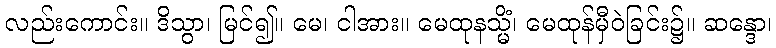
လည်းကောင်း။ ဒိသွာ၊ မြင်၍။ မေ၊ ငါအား။ မေထုနသ္မိံ၊ မေထုန်မှီဝဲခြင်း၌။ ဆန္ဒော၊